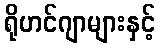
ရိုဟင်ဂျာများနှင့်